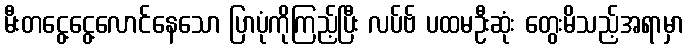
မီးတငွေ့ငွေ့လောင်နေသော ပြာပုံကိုကြည့်ပြီး လပ်ဗ် ပထမဦးဆုံး တွေးမိသည့်အရာမှာ